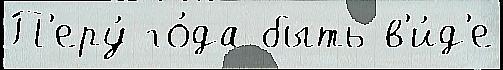
П'еру́ го́да быть в'и́д'е